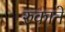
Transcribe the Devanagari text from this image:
रुकाने